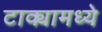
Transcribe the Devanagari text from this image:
टाक्यामध्ये